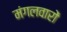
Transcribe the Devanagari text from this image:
मंगलवारों